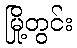
မြို့တွင်း